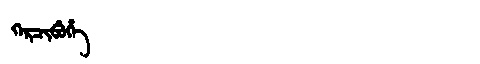
Manchu: ᡴᡝᡵᠴᡳᠪᡠᡥᡝ
Romanization: KERCIBUHE